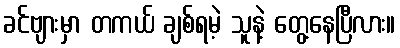
ခင်ဗျားမှာ တကယ် ချစ်ရမဲ့ သူနဲ့ တွေ့နေပြီလား။